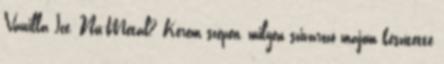
Vanilla Ice. Nu-Metal? Kérem szépen, milyen szivarozó majom készítette